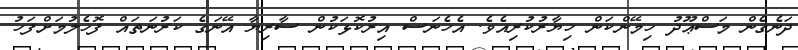
ދަނެގެން މަސްޢޫދު ހިމޭންކަން ޚިޔާރުކުރިއެވެ. އެހެނަސް އިރުކޮޅަކުން ސާރިޔާ އޭނަގެ ކަރުނަތައް ފޮހެލުމަށްފަހު